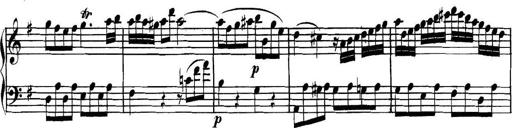
Title: Collected Piano Sonatas
Composer: Muzio Clementi